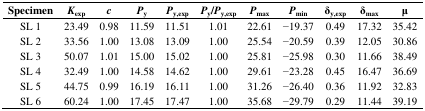
<table><thead><tr><td><b>Specimen</b></td><td><b><i>K</i><sub>exp</sub></b></td><td><b><i>c</i></b></td><td><b><i>P</i><sub>y</sub></b></td><td><b><i>P</i><sub>y,exp</sub></b></td><td><b><i>P</i><sub>y</sub>/<i>P</i><sub>y,exp</sub></b></td><td><b><i>P</i><sub>max</sub></b></td><td><b><i>P</i><sub>min</sub></b></td><td><b>δ<sub>y,exp</sub></b></td><td><b>δ<sub>max</sub></b></td><td><b>μ</b></td></tr></thead><tbody><tr><td>SL 1</td><td>23.49</td><td>0.98</td><td>11.59</td><td>11.51</td><td>1.01</td><td>22.61</td><td>−19.37</td><td>0.49</td><td>17.32</td><td>35.42</td></tr><tr><td>SL 2</td><td>33.56</td><td>1.00</td><td>13.08</td><td>13.09</td><td>1.00</td><td>25.54</td><td>−20.59</td><td>0.39</td><td>12.05</td><td>30.86</td></tr><tr><td>SL 3</td><td>50.07</td><td>1.01</td><td>15.00</td><td>15.02</td><td>1.00</td><td>25.81</td><td>−25.98</td><td>0.30</td><td>11.66</td><td>38.49</td></tr><tr><td>SL 4</td><td>32.49</td><td>1.00</td><td>14.58</td><td>14.62</td><td>1.00</td><td>29.61</td><td>−23.28</td><td>0.45</td><td>16.47</td><td>36.69</td></tr><tr><td>SL 5</td><td>44.75</td><td>0.99</td><td>16.19</td><td>16.11</td><td>1.00</td><td>31.26</td><td>−26.40</td><td>0.36</td><td>11.92</td><td>32.83</td></tr><tr><td>SL 6</td><td>60.24</td><td>1.00</td><td>17.45</td><td>17.47</td><td>1.00</td><td>35.68</td><td>−29.79</td><td>0.29</td><td>11.44</td><td>39.19</td></tr></tbody></table>